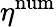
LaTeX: \eta^{\mathrm{num}}